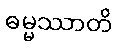
ဓမ္မဿာတိ